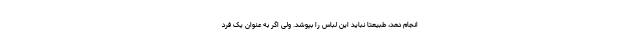
انجام دهد، طبیعتا نباید این لباس را بپوشد. ولی اگر به عنوان یک فرد